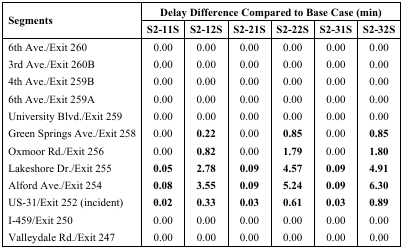
| <ROWSPAN=2> Segments | <COLSPAN=6> Delay Difference Compared to Base Case (min) |
 | S2-11S | S2-12S | S2-21S | S2-22S | S2-31S | S2-32S |
 | --- | --- | --- | --- | --- | --- | --- |
 | 6th Ave./Exit 260 | 0.00 | 0.00 | 0.00 | 0.00 | 0.00 | 0.00 |
 | 3rd Ave./Exit 260B | 0.00 | 0.00 | 0.00 | 0.00 | 0.00 | 0.00 |
 | 4th Ave./Exit 259B | 0.00 | 0.00 | 0.00 | 0.00 | 0.00 | 0.00 |
 | 6th Ave./Exit 259A | 0.00 | 0.00 | 0.00 | 0.00 | 0.00 | 0.00 |
 | University Blvd./Exit 259 | 0.00 | 0.00 | 0.00 | 0.00 | 0.00 | 0.00 |
 | Green Springs Ave./Exit 258 | 0.00 | 0.22 | 0.00 | 0.85 | 0.00 | 0.85 |
 | Oxmoor Rd./Exit 256 | 0.00 | 0.82 | 0.00 | 1.79 | 0.00 | 1.80 |
 | Lakeshore Dr./Exit 255 | 0.05 | 2.78 | 0.09 | 4.57 | 0.09 | 4.91 |
 | Alford Ave./Exit 254 | 0.08 | 3.55 | 0.09 | 5.24 | 0.09 | 6.30 |
 | US-31/Exit 252 (incident) | 0.02 | 0.33 | 0.03 | 0.61 | 0.03 | 0.89 |
 | I-459/Exit 250 | 0.00 | 0.00 | 0.00 | 0.00 | 0.00 | 0.00 |
 | Valleydale Rd./Exit 247 | 0.00 | 0.00 | 0.00 | 0.00 | 0.00 | 0.00 |